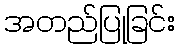
အတည်ပြုခြင်း